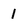
Character: 1